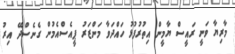
މާރިޔާ ވަނީ ރައީސް ޔާމީން އިތުރުފުޅު ހައްދަވާ މަންޒަރު ޕީއެސްއެމުން ގެނެސްދޭ އިރު